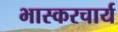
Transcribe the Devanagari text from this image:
भास्करचार्य